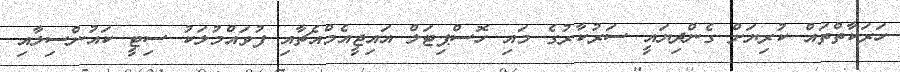
ހަރަކާތްތައް ކުރިޔަށް ގެންދިޔައީ ސަރުކާރުގެ މައި ހޮސްޕިޓަލް އައިޖީއެމްއެޗާއި ފުވައްމުލަކު ސިޓީ ކައުންސިލާއި